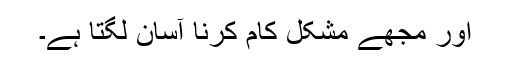
اور مجھے مشکل کام کرنا آسان لگتا ہے۔